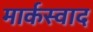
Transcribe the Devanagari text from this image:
मार्कस्वाद